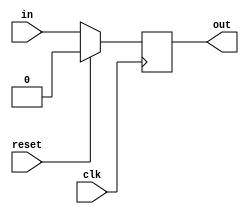
module delay_1(
    input                     clk,
    input                     reset,
    input [(WIDTH-1):0]       in,
    output wire [(WIDTH-1):0] out);

   parameter WIDTH = 1;

   reg [(WIDTH-1):0] in_km1;

   always @(posedge clk) begin
      in_km1 <= reset ? {WIDTH{1'b0}} : in;
   end

   assign out = in_km1;
   
endmodule